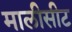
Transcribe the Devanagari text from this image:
मालीसीट